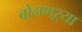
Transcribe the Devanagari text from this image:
बोलणऱ्या